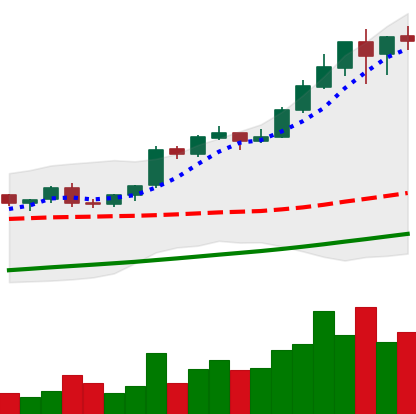
Ticker: BTC-USD
Chart end date: 2017-08-17
Forward return: -5.337%
Label: down_5_7